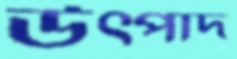
উত্পাদ